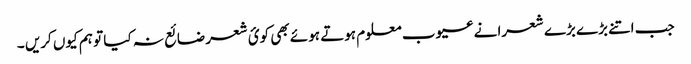
جب اتنے بڑے بڑے شعرا نے عیوب معلوم ہوتے ہوئے بھی کوئ شعر ضائع نہ کیا تو ہم کیوں کریں ۔